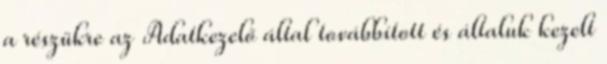
a részükre az Adatkezelő által továbbított és általuk kezelt